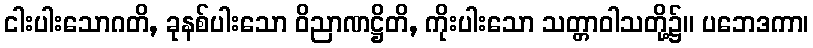
ငါးပါးသောဂတိ, ခုနစ်ပါးသော ဝိညာဏဋ္ဌိတိ, ကိုးပါးသော သတ္တာဝါသတို့၌။ ပဘေဒကာ၊